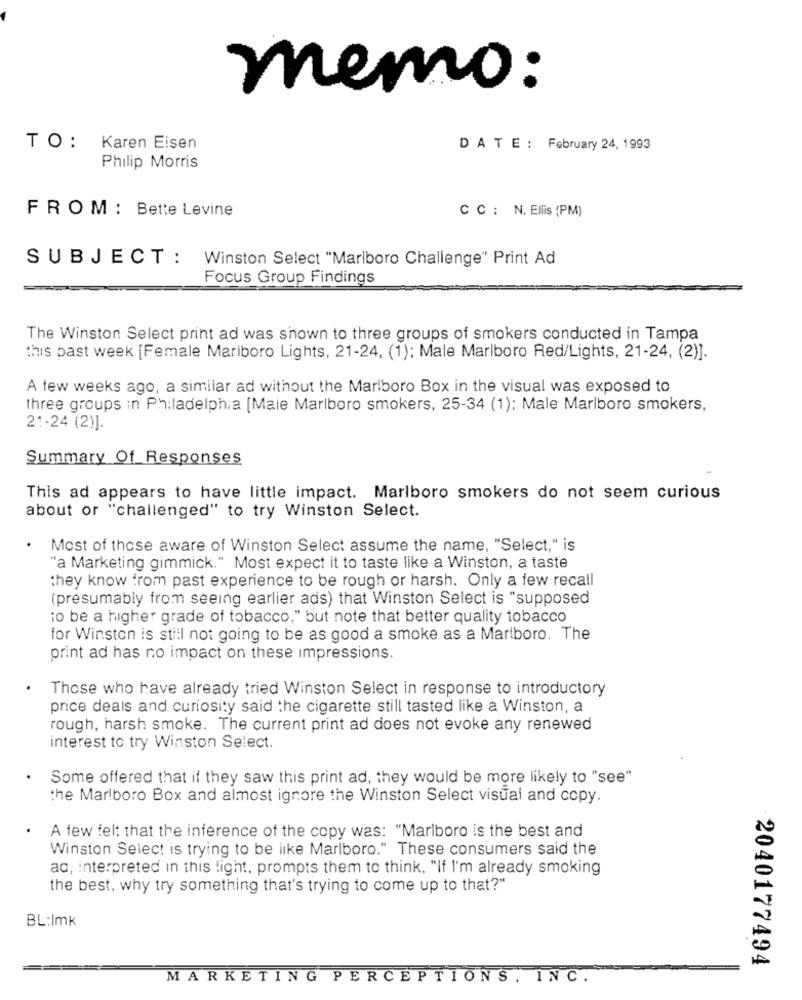
memo:
TO: Karen Eisen
DATE : February 24, 1993
Philip Morris
FROM : Bette Levine
C C : N. Ellis (PM)
SUBJECT : Winston Select "Marlboro Challenge" Print Ad
Focus Group Findings
The Winston Select print ad was shown to three groups of smokers conducted in Tampa
this past week [Female Mariboro Lights, 21-24, (1); Male Marlboro Red/Lights, 21-24, (2)].
A few weeks ago, a similar ad without the Marlboro Box in the visual was exposed to
three groups in Philadelphia [Maie Marlboro smokers, 25-34 (1); Male Marlboro smokers,
21-24 (2)].
Summary Of Responses
This ad appears to have little impact. Marlboro smokers do not seem curious
about or "challenged" to try Winston Select.
Most of these aware of Winston Select assume the name, "Select," is
"a Marketing gimmick." Most expect it to taste like a Winston, a taste
they know from past experience to be rough or harsh. Only a few recall
(presumably from seeing earlier ads) that Winston Select is "supposed
io be a higher grade of tobacco," but note that better quality tobacco
for Winston is still not going to be as good a smoke as a Marlboro. The
print ad has no impact on these impressions.
Those who have already tried Winston Select in response to introductory
price deals and curiosity said the cigarette still tasted like a Winston, a
rough, harsh smoke. The current print ad does not evoke any renewed
interest to try Winston Select.
Some offered that if they saw this print ad, they would be more likely to "see"
the Marlboro Box and almost ignore the Winston Select visual and copy.
A few felt that the inference of the copy was: "Marlboro is the best and
Winston Select is trying to be like Marlboro." These consumers said the
ac, interpreted in this light, prompts them to think, "If I'm already smoking
the best. why try something that's trying to come up to that?"
BL:Imk
2040177494
MARKETING PERCEPTIONS, INC.